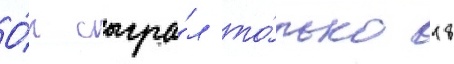
О́н сыгра́л то́лько 18